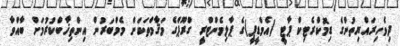
ދިވެހިރައްޔިތުންގެ ޑިމޮކްރެޓިކް ޕާޓީ (އެމްޑީޕީ)ގެ ޕާލިމެންޓްރީ ގްރޫޕްގެ މަޤާމްތަކަށް މެމްބަރުން އިންތިޚާބްކުރުމަށް ބާއްވާ